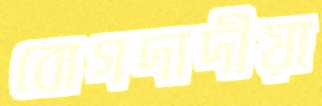
বোগদাদীয়া